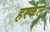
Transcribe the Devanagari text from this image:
हस्केल